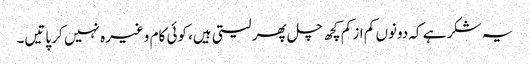
یہ شکر ہے کہ دونوں کم از کم کچھ چل پھر لیتی ہیں، کوئی کام وغیرہ نہیں کر پاتیں۔